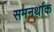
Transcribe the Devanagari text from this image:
समनर्थाक